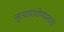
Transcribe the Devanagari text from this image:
नृत्यप्रावीण्यासाठी